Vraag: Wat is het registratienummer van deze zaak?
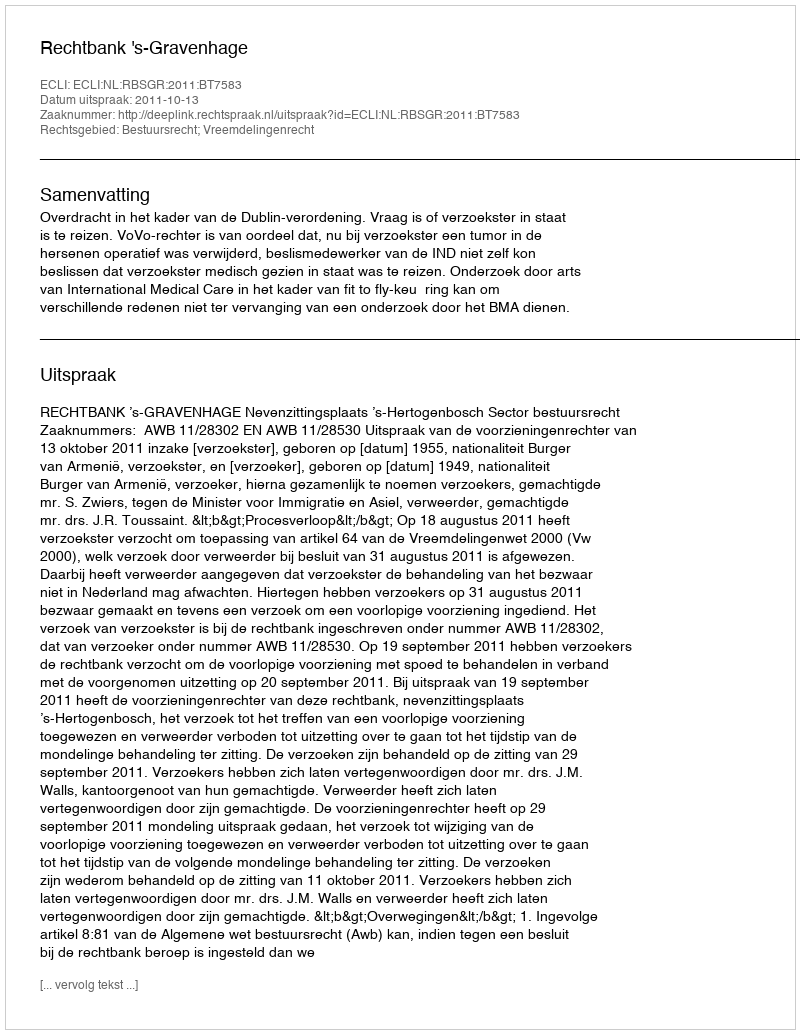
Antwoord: http://deeplink.rechtspraak.nl/uitspraak?id=ECLI:NL:RBSGR:2011:BT7583